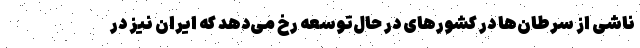
ناشی از سرطان‌ها در کشورهای در حال‌توسعه رخ می‌دهد که ایران نیز در